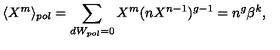
\langle X ^ { m } \rangle _ { p o l } = \sum _ { d W _ { p o l } = 0 } X ^ { m } ( n X ^ { n - 1 } ) ^ { g - 1 } = n ^ { g } \beta ^ { k } ,